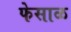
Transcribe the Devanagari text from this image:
फेसाळ